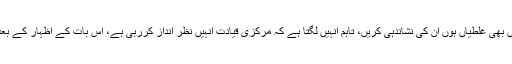
ان کا کہنا تھا کہ خان صاحب نے مجھے درس دیا ہے کہ جہاں بھی غلطیاں ہوں ان کی نشاندہی کریں، تاہم انہیں لگتا ہے کہ مرکزی قیادت انہیں نظر انداز کررہی ہے، اس بات کے اظہار کے بعد بھی عمران خان سمیت کسی پارٹی رہنماءنے رابطہ نہیں کیا۔